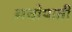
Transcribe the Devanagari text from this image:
अधोपाती